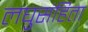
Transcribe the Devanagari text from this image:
लघुसंहिता